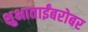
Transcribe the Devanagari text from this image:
शुभाताईंबरोबर